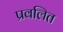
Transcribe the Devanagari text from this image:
प्रवलित